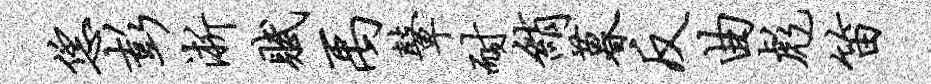
恁彭淅赋禹鼙耐绡暮反曲彪笛